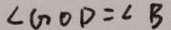
\angle G O D = \angle B